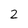
Character: 2